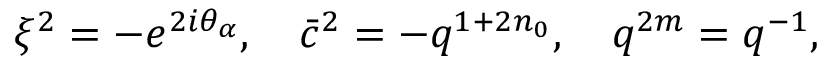
\xi ^ { 2 } = - e ^ { 2 i \theta _ { \alpha } } , \ \ \ \bar { c } ^ { 2 } = - q ^ { 1 + 2 n _ { 0 } } , \ \ \ q ^ { 2 m } = q ^ { - 1 } ,